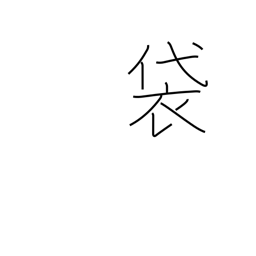
Meaning: pouch